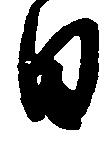
日